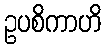
ဥပစိကာဟိ